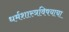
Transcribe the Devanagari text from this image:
धर्मशास्त्रविषयाचा